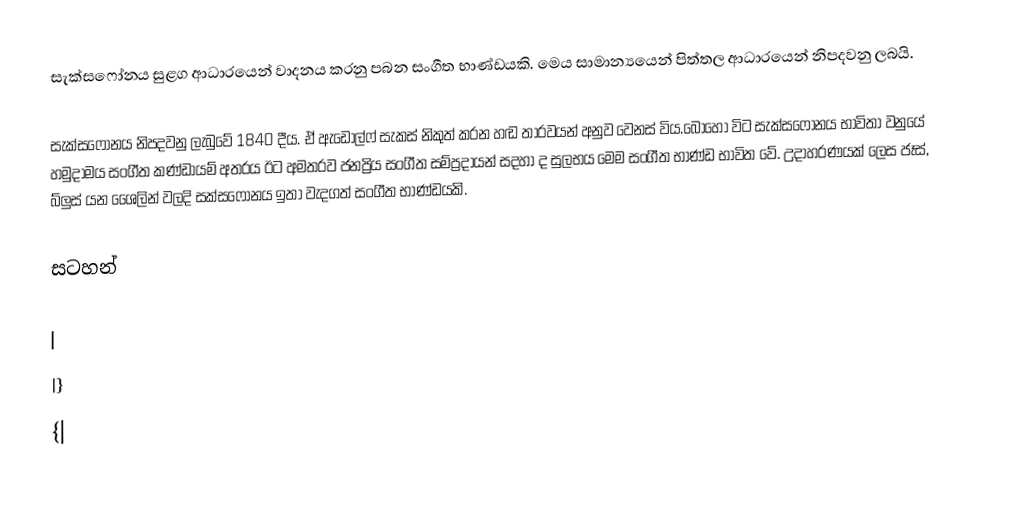
සැක්සෆෝනය සුළග ආධාරයෙන් වාදනය කරනු පබන සංගීත භාණ්ඩයකි. මෙය සාමාන්‍යයෙන් පිත්තල ආධාරයෙන් නිපදවනු ලබයි.

සැක්සෆෝනය නිපදවනු ලැබුවේ 1840 දීය. ඒ ඇඩෝල්ෆ් සැකස් නිකුත් කරන හඬ තාරවයන් අනුව වෙනස් විය.බොහෝ විට සැක්සෆෝනය භාවිතා වනුයේ හමුදාමය සංගීත කණ්ඩායම් අතරය ඊට අමතරව ජනප්‍රිය සංගීත සම්ප්‍රදායන් සදහා ද සුලභය මෙම සංගීත භාණ්ඩ භාවිත වේ. උදාහරණයක් ලෙස ජෑස්, බ්ලුස් යන ශෛලින් වලදි සක්සෆෝනය ඉතා වැදගත් සංගීත භාණ්ඩයකි.

සටහන්

|
|}
{|